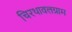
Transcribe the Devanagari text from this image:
चिरथावलग्राम